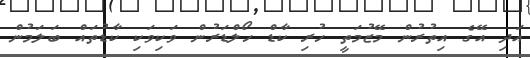
އަދި އޭގެ އިތުރުން މޭޒުމަތީ ހުރި ކާޑް ހޯލްޑަރުން ވަކިވަކި ކާޑުތައް ބަލަމުން